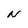
Character: N